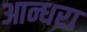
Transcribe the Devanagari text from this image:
आन्धरा